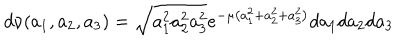
LaTeX: d \nu ( a _ { 1 } , a _ { 2 } , a _ { 3 } ) = \sqrt { a _ { 1 } ^ { 2 } a _ { 2 } ^ { 2 } a _ { 3 } ^ { 2 } } e ^ { - \mu \left( a _ { 1 } ^ { 2 } + a _ { 2 } ^ { 2 } + a _ { 3 } ^ { 2 } \right) } d a _ { 1 } d a _ { 2 } d a _ { 3 }